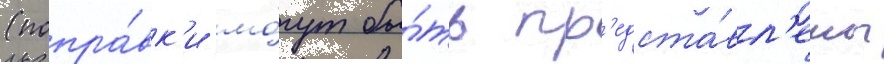
(попра́вк'и мо́гут бы́ть пр'едста́вл'ены